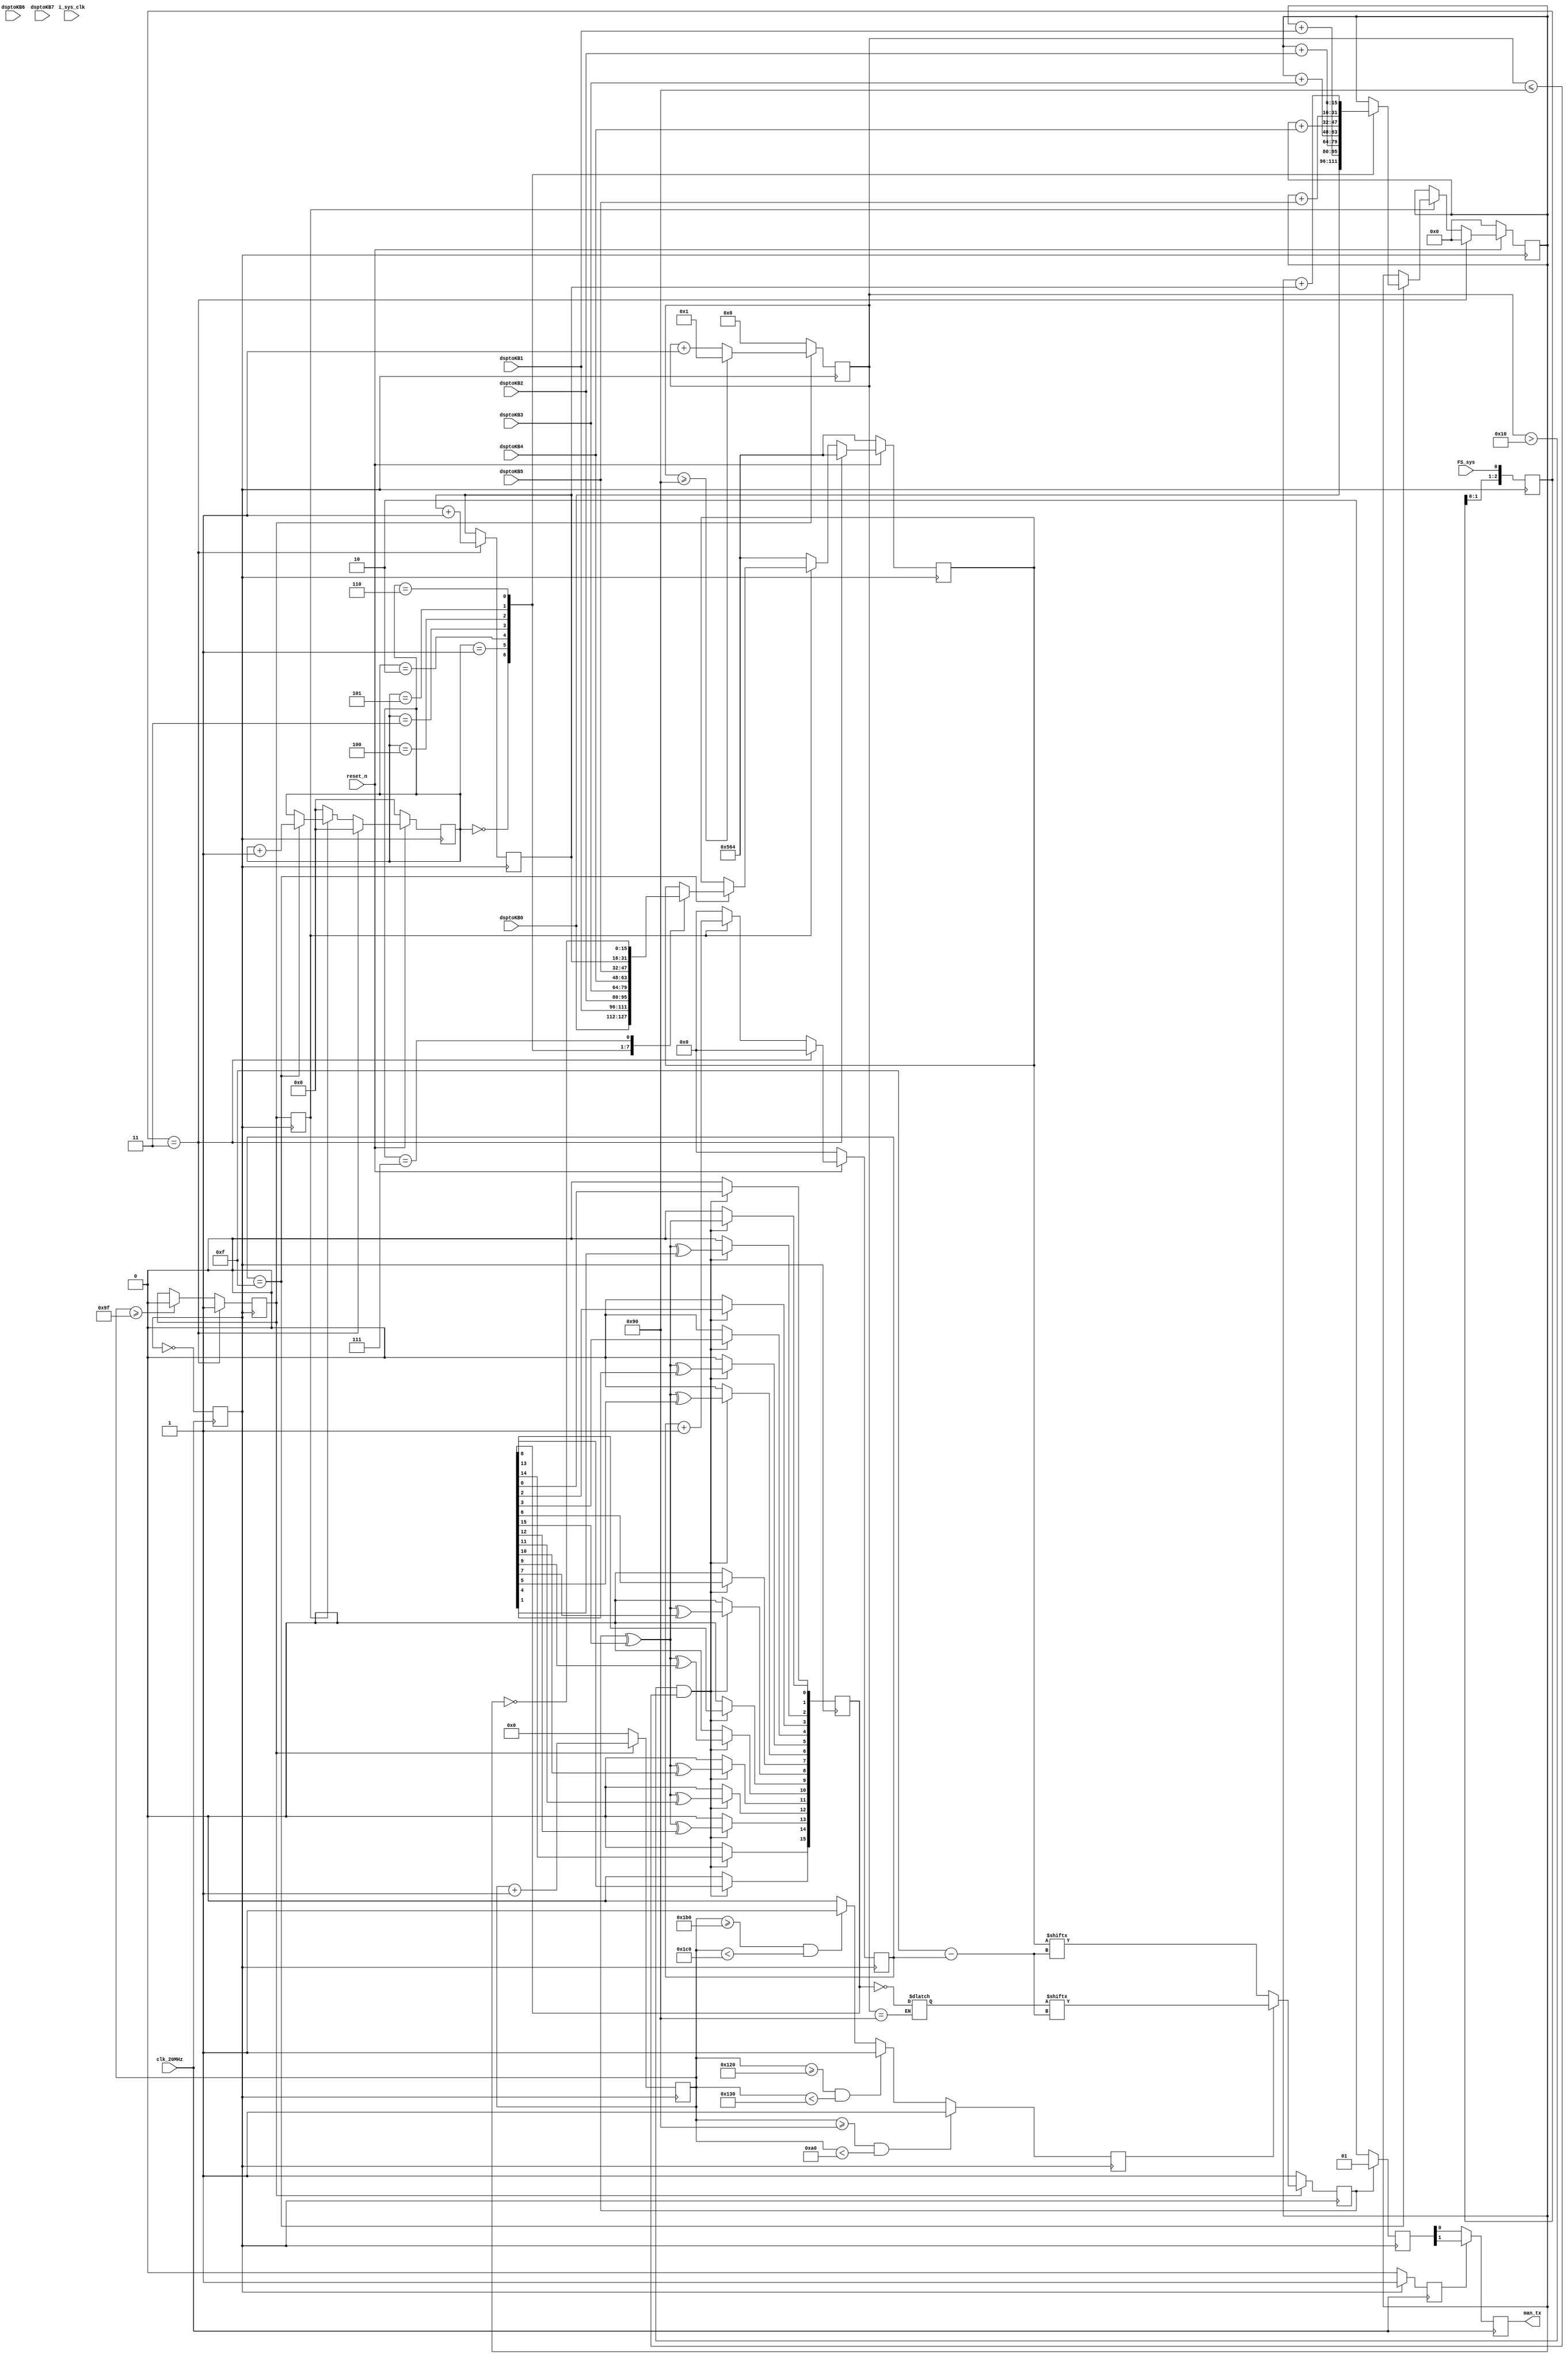
`timescale 1ns / 1ps
//////////////////////////////////////////////////////////////////////////////////
// Company: 
// Engineer: 
// 
// Design Name: 
// Module Name:    Man_txKB 
// Project Name: 
// Target Devices: 
// Tool versions: 
// Description: 
//
// Dependencies: 
//
// Revision: 
// Revision 0.01 - File Created
// Additional Comments: 
//
//////////////////////////////////////////////////////////////////////////////////
module Man_TxKB(
   input i_sys_clk,//100M
	input clk_20MHz,    
   input reset_n,
	input FS_sys,
	input [15:0] dsptoKB0,
	input [15:0] dsptoKB1,
	input [15:0] dsptoKB2,
	input [15:0] dsptoKB3,
	input [15:0] dsptoKB4,
	input [15:0] dsptoKB5,
	input [15:0] dsptoKB6,
	input [15:0] dsptoKB7,
	output reg  man_tx

    );
	//=============================================================
	parameter FS_WORD1_NUM = 9;
	parameter FS_WORD2_NUM = 18;
	parameter FS_WORD3_NUM = 27;
//	parameter FS_SUM_BIT=13'd448;//P1  + *8*3 + 3*CRC = 28
	parameter FS_SUM_BIT=13'd160;//P2  + *8 + CRC = 10 
	parameter CRC_NUM=8'd144;
	
	
	parameter CRC1_START_BIT=9*16;
	parameter CRC1_STOP_BIT=CRC1_START_BIT+16;
	parameter CRC2_START_BIT=18*16;
	parameter CRC2_STOP_BIT=CRC2_START_BIT+16;
	parameter CRC3_START_BIT=27*16;
	parameter CRC3_STOP_BIT=CRC3_START_BIT+16;
	//=============================================================

	reg clk_10MHz;
	reg[12:0] fs_cnt;
	reg tx_en_flag;
	reg[2:0] fs_buf;
	reg[7:0] tx_num;
	reg[4:0]data_word_num;
	reg data_tx;
	reg[15:0] buf_word;
	reg[15:0] CRC_out;
	reg[15:0] crc_word;
	reg tx_en;
	reg[1:0] man_data;
	reg man_cnt;
	reg[15:0] state1_word;
	reg[15:0] state2_word;
	reg[15:0] fs_Counter;
	reg[3:0]temp_num;
	wire temp;
	reg [15:0] resum;
	//----------------------------------------------
	
	always @(posedge clk_20MHz)
	begin
		clk_10MHz<=~clk_10MHz;
	end
	always @(posedge clk_10MHz)
	begin
		fs_buf[2:0]<={fs_buf[1:0],FS_sys};
	end
	//------------------------------------------------
	always @(posedge clk_10MHz) begin
		if(fs_buf[2:0]==3'b011)  fs_Counter<=fs_Counter+1;
		else  fs_Counter<=fs_Counter;
	end
	reg word_flash;
	always @(posedge clk_10MHz) begin
		if(fs_buf[2:0]==3'b011)  tx_en_flag<=1;
		else if(fs_cnt>=FS_SUM_BIT-1)tx_en_flag<=0;
		else tx_en_flag<=tx_en_flag;
		word_flash<=tx_en_flag;
	end
	
	always @(posedge clk_10MHz) begin
		if(tx_en_flag==1'b1)  fs_cnt<=fs_cnt+1;
		else fs_cnt<=1'b0;
	end

	reg crc_en;
	always @(negedge clk_10MHz)
	begin
			if((fs_cnt>=CRC1_START_BIT)&&(fs_cnt<CRC1_STOP_BIT)) crc_en <= 1;
			else if((fs_cnt>=CRC2_START_BIT)&&(fs_cnt<CRC2_STOP_BIT)) crc_en <= 1;
			else if((fs_cnt>=CRC3_START_BIT)&&(fs_cnt<CRC3_STOP_BIT)) crc_en <= 1;
			else  crc_en <= 0;
	end
//============================================================================
always @(negedge clk_10MHz) begin
   if(!reset_n)begin
			data_word_num<=5'd0;
			temp_num<=0;
			buf_word<=16'h0564;//16'h0564;
			resum<=16'd0;
	end
	else if(fs_buf[2:0]==3'b011)  begin
			data_word_num<=5'd0;
			temp_num<=0;
			buf_word<=16'h0564;//16'h0564;
			resum<=16'd0;
	end
	else begin
		if(word_flash)begin
			temp_num<=temp_num+1;
			if(temp_num==4'b1111) begin
					data_word_num<=data_word_num+1;
//					if(data_word_num < (FS_WORD1_NUM-2))begin
//					   ram0_addr <= ram0_addr + 5'd1;
//						buf_word  <= ram0_data;
//						sum_data  <= sum_data + ram0_data;
//					end
//					else if(data_word_num == (FS_WORD1_NUM-2))begin
//					   ram0_addr <= ram0_addr + 5'd1;
//						buf_word  <= ram0_data;
//						if(ram0_data == ~sum_data)sum_err1<=1'b0;
//						else sum_err1 <= 1'b1;
//					end
					case(data_word_num)
						5'd0 : begin
							buf_word<=dsptoKB0;
							resum <= dsptoKB0;
							end
						5'd1 : begin
							buf_word<=dsptoKB1;
							resum <= resum+dsptoKB1;
							end
						5'd2 : begin
							buf_word<=dsptoKB2;
							resum <= resum+dsptoKB2;
							end
						5'd3 : begin
							buf_word<=dsptoKB3;
							resum <= resum+dsptoKB3;
							end
						5'd4 : begin
							buf_word<=dsptoKB4;
							resum <= resum+dsptoKB4;
							end
						5'd5 : begin
							buf_word<=dsptoKB5;
							resum <= resum+dsptoKB5;
							end
						5'd6 : begin
							buf_word<=fs_Counter;
						   resum <= resum+fs_Counter;
							end
						5'd7 : begin
							buf_word <= ~resum;//FPGA
							resum <= resum;
							end						
						default : buf_word<=buf_word;
					endcase
			end
			else begin 
				data_word_num<=data_word_num;
				buf_word<=buf_word;
			end
		end
		else begin
			data_word_num<=5'd0;
			temp_num<=0;
			buf_word<=16'h0564;
		end
	end
end
//------------------------------------------------

always @(posedge clk_10MHz) begin
	if(tx_en_flag) begin
		if(crc_en)data_tx<=crc_word[15-temp_num];
		else data_tx<=buf_word[15-temp_num];
		if(tx_num>=CRC_NUM)tx_num<=1;
		else tx_num<=tx_num+1;
	end
	else begin
		data_tx<=1;
		tx_num<=0;
	end
end
//=======================================
assign  temp = data_tx ^ CRC_out[15]; 
always @ (negedge clk_10MHz)
begin
	if((tx_num>8'd16) && (tx_num<=CRC_NUM)) begin   //x16+x13+x12+x11+x10+x8+x6+x5+x2+1
		CRC_out[15] <= CRC_out[14];
		CRC_out[14] <= CRC_out[13];
		CRC_out[13] <= temp ^ CRC_out[12];
		CRC_out[12] <= temp ^ CRC_out[11];
		CRC_out[11] <= temp ^ CRC_out[10];
		CRC_out[10] <= temp ^ CRC_out[9];
		CRC_out[9] <= CRC_out[8];
		CRC_out[8] <= temp ^ CRC_out[7];
		CRC_out[7] <= CRC_out[6];
		CRC_out[6] <= temp ^ CRC_out[5];
		CRC_out[5] <= temp ^ CRC_out[4];
		CRC_out[4] <= CRC_out[3];
		CRC_out[3] <= CRC_out[2];
		CRC_out[2] <= temp ^ CRC_out[1];
		CRC_out[1] <= CRC_out[0];
		CRC_out[0] <= temp;
	  end
	else CRC_out<=16'h0000;
end   
//----------------------------------------------------------
always @ (CRC_out)
begin
	if(tx_num==CRC_NUM)  crc_word <= ~CRC_out;
	else crc_word <= crc_word;	
end   
//=====================================================
always @(negedge clk_10MHz) begin
	if(data_tx) man_data[1:0]<=2'b01;
	else man_data[1:0]<=2'b10;
	tx_en<=1;
end
//=====================================================
//10M
always @ (posedge clk_20MHz)
begin
		if(clk_10MHz) man_cnt<=1;
		else man_cnt<=0;
end
always @ (negedge clk_20MHz)
begin
		if(man_cnt)man_tx<= man_data[1];
		else man_tx<= man_data[0];
end
//=====================================================

//wire [35:0] ILAControl;
//wire [79:0] data_chipscp; 
//assign data_chipscp[15:0] = {3'd0,data0_wea,man_tx,sum_err1,iv_xa_H,iv_xa_L,i_xwe_n,i_xzcs7_n};
//assign data_chipscp[31:16] = data0_in;
//assign data_chipscp [47:32] = ram0_data;
//assign data_chipscp [63:48] = {1'b0,ram0_addr,data_word_num};
//
//
//icon SVG_icon ( 
//     .CONTROL0            ( ILAControl) 
//); 
//
//u_ila SVG_ila ( 
//     .CONTROL            ( ILAControl), 
//     .CLK                ( i_sys_clk), 
//     .DATA               ( data_chipscp), 
//     .TRIG0              ( data0_wea), 
//	  .TRIG1              ( word_flash),
//     .TRIG2              ( sum_err1), 
//	  .TRIG3              ( sum_err1)	  
//);
endmodule